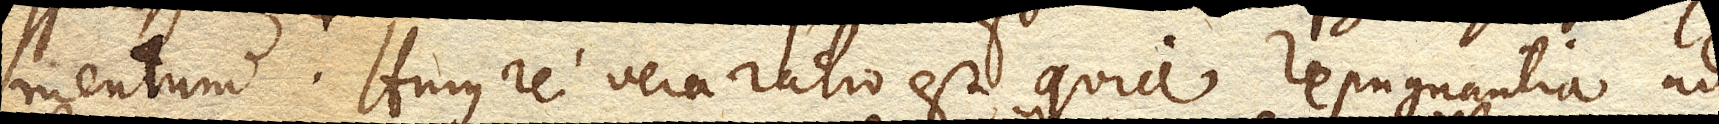
mentum. Hujus rei vera ratio est, quia repugnantia ad